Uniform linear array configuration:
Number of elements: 24
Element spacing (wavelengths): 0.5
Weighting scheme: exponential
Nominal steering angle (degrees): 60
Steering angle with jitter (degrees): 59.325
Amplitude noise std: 0.05
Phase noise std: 0.05

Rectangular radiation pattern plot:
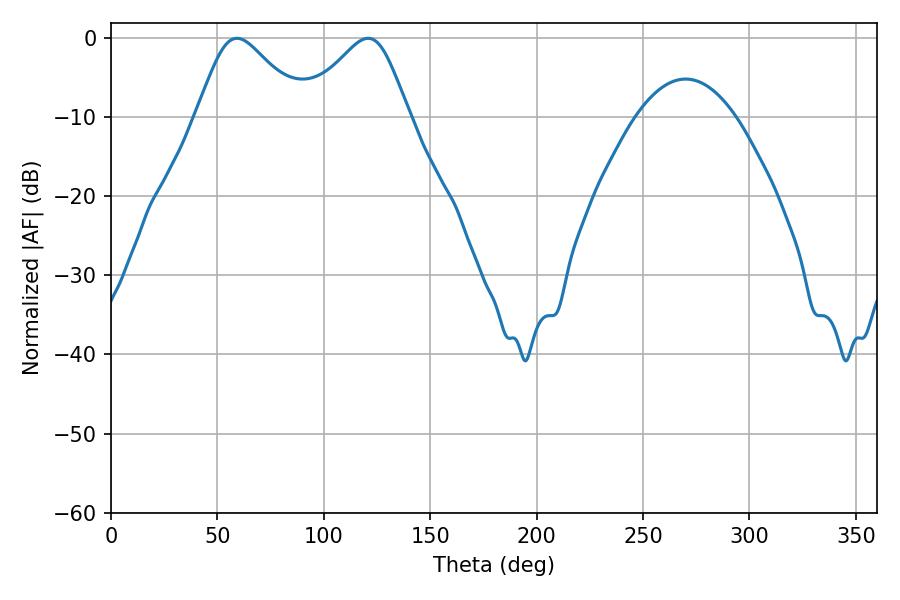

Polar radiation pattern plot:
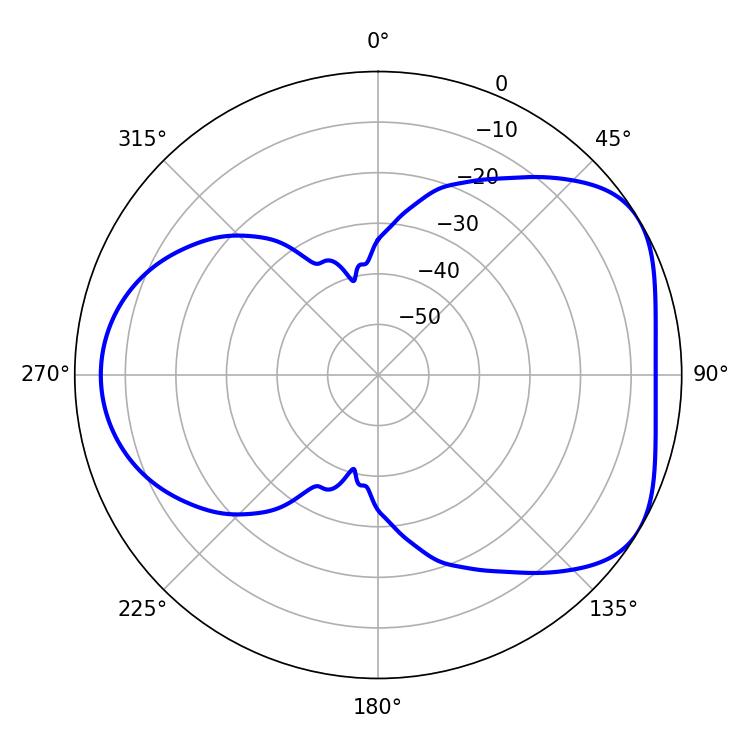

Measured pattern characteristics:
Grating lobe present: FALSE
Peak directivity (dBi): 4.75
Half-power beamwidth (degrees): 24.66
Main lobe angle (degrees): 59.22